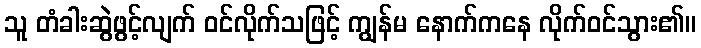
သူ တံခါးဆွဲဖွင့်လျက် ဝင်လိုက်သဖြင့် ကျွန်မ နောက်ကနေ လိုက်ဝင်သွား၏။